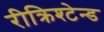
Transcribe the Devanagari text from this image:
रीक्रिश्टेन्ड